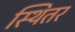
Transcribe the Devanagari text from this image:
स्थितर